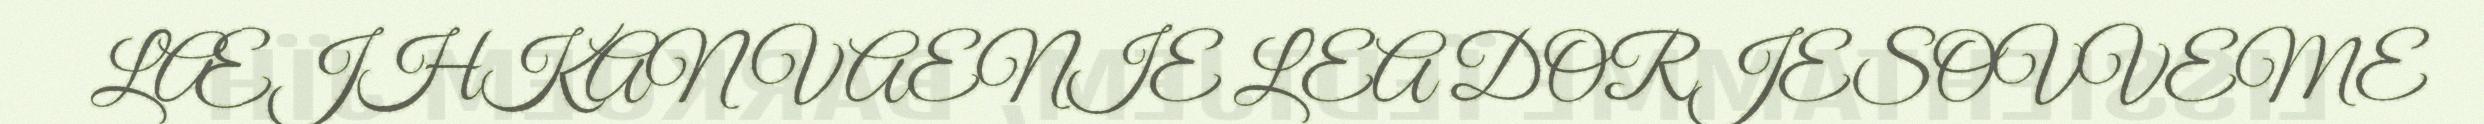
LÆJHKAN VAENIE LEA DORJESOVVEME